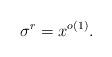
LaTeX: \begin{align*}\sigma^{r}=x^{o(1)}.\end{align*}